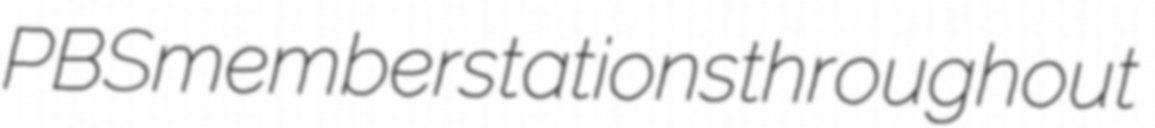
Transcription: PBS member stations throughout